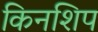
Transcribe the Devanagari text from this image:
किनशिप